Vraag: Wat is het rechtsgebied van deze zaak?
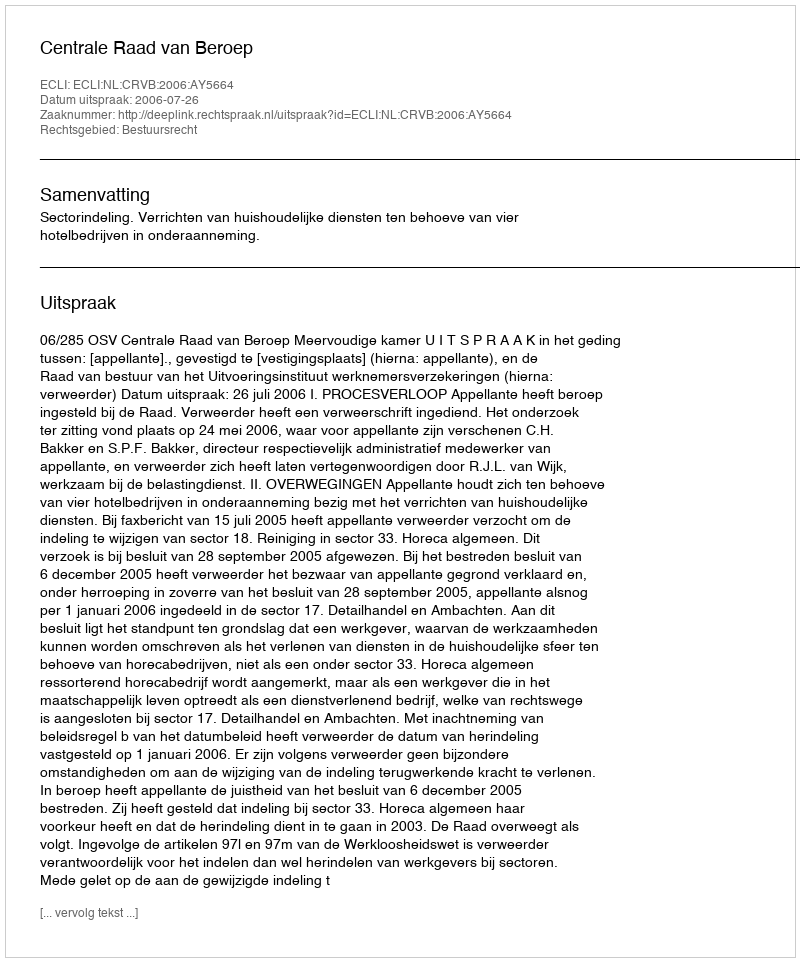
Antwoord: Bestuursrecht